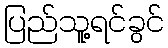
ပြည်သူ့ရင်ခွင်